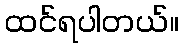
ထင်ရပါတယ်။